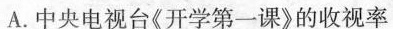
A.中央电视台《开学第一课》的收视率